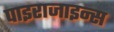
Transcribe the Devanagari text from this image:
पाइराजाइन्स